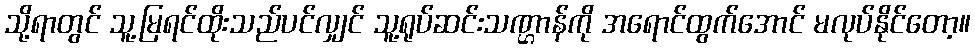
သို့ရာတွင် သူ့မြရင်ထိုးသည်ပင်လျှင် သူ့ရုပ်ဆင်းသဏ္ဌာန်ကို အရောင်ထွက်အောင် မလုပ်နိုင်တော့။